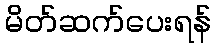
မိတ်ဆက်ပေးရန်